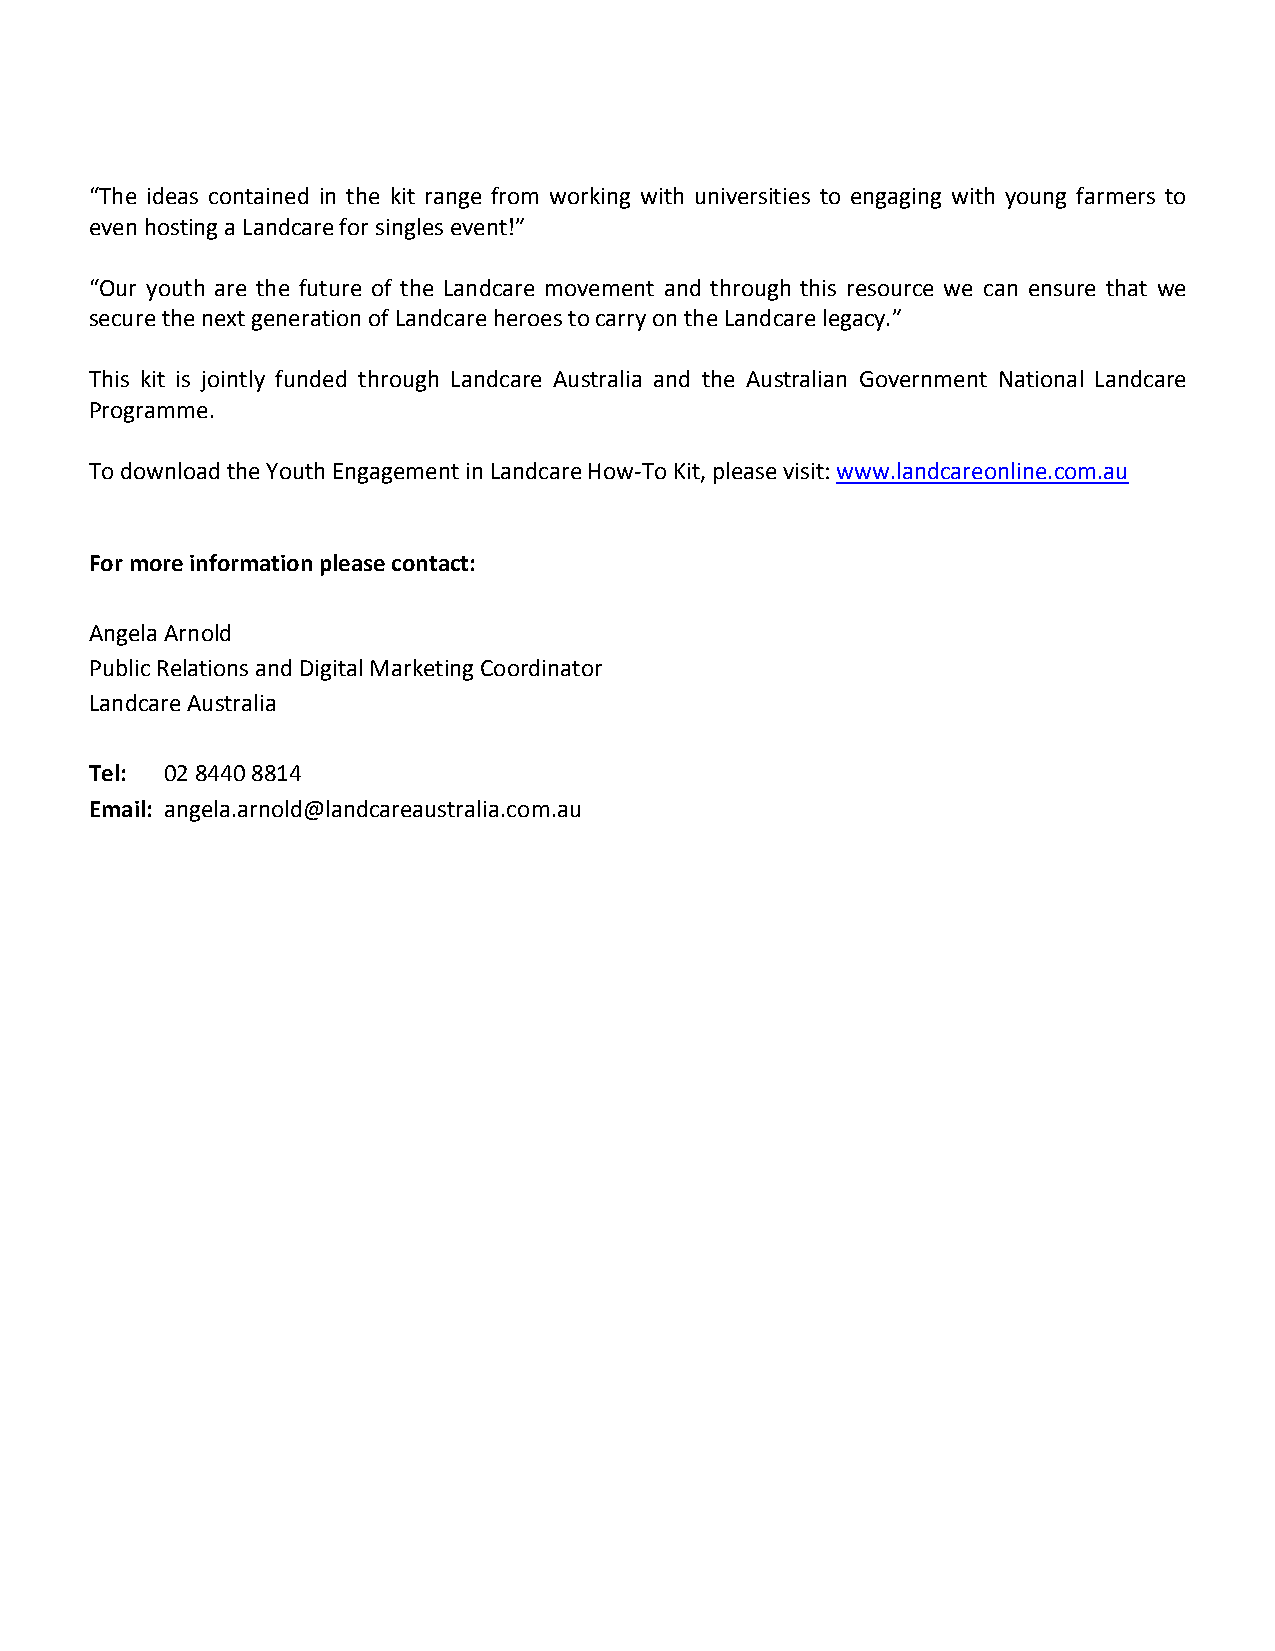
“The ideas contained in the kit range from working with universities to engaging with young farmers to
 even hosting a Landcare for singles event!”
 “Our youth are the future of the Landcare movement and through this resource we can ensure that we
 secure the next generation of Landcare heroes to carry on the Landcare legacy.”
 This kit is jointly funded through Landcare Australia and the Australian Government National Landcare
 Programme.
 To download the Youth Engagement in Landcare How-To Kit, please visit: www.landcareonline.com.au
 For more information please contact:
 Angela Arnold
 Public Relations and Digital Marketing Coordinator
 Landcare Australia
 Tel: 02 8440 8814
 Email: angela.arnold@landcareaustralia.com.au